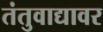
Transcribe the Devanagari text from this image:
तंतुवाद्यावर